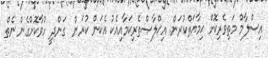
އިސްލާމް މަތިވެރިކޮށް ޙިމާޔަތްކުރަން. އިޚްލާޞްތެރިކަމާއިއެކު އެކަން ކުރަން  ގަންދީ ހުވާކޮށްގެން ނެތް